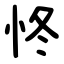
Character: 㤏